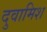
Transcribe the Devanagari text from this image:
दुवामिश